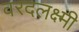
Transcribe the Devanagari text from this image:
वरदलक्ष्मी